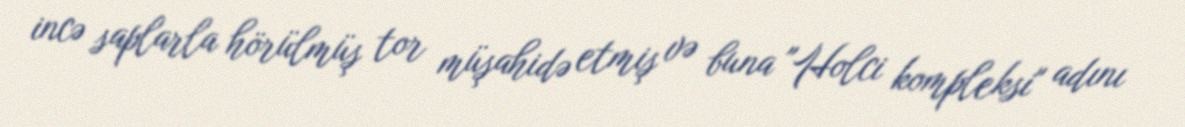
incə saplarla hörülmüş tor müşahidə etmiş və buna "Holci kompleksi" adını